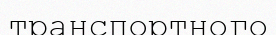
транспортного